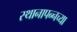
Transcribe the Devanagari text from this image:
स्थानापन्नच्या